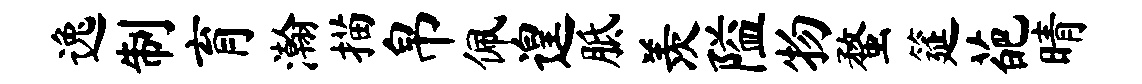
逸制育瀚描帛佩遑胝羡隘物蝥筵葩晴